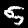
Label: 5